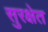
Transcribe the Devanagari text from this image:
सुरक्षेत